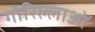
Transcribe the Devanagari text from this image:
गोरिल्लाओं